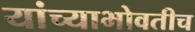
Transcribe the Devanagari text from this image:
यांच्याभोवतीच